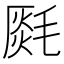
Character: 𣯅